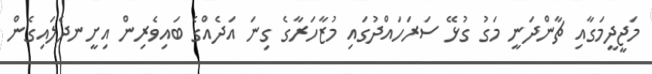
މަޖީދީމަގާއި ޗާންދަނީ މަގު ގުޅޭ ސަރަހައްދުގައި މުޒާހަރާގެ ގިނަ އަދެއްގެ ބައިވެރިން އިށީނދެލައިގެން